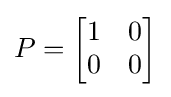
P={\begin{bmatrix}1&0\\0&0\end{bmatrix}}